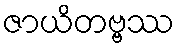
ဇာယိတဗ္ဗဿ